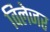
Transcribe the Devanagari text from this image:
विलेजर